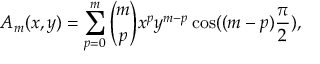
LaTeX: A _ { m } ( x , y ) = \sum _ { p = 0 } ^ { m } { \binom { m } { p } } x ^ { p } y ^ { m - p } \cos ( ( m - p ) { \frac { \pi } { 2 } } ) ,